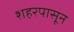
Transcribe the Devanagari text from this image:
शहरपासून